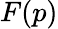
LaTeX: F(p)